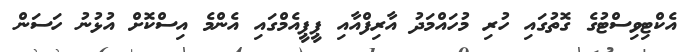
އެކްޓިވިސްޓުގެ ގޮތުގައި ހުރި މުހައްމަދު އާރިފްއާއި ޕީޕީއެމްގައި އެންމެ އިސްކޮށް އުޅުނު ހަސަން